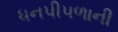
ધનપીપળાની